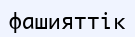
фашияттік